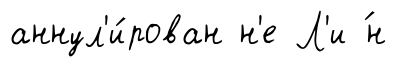
аннул'и́рован н'е Л'и ́н